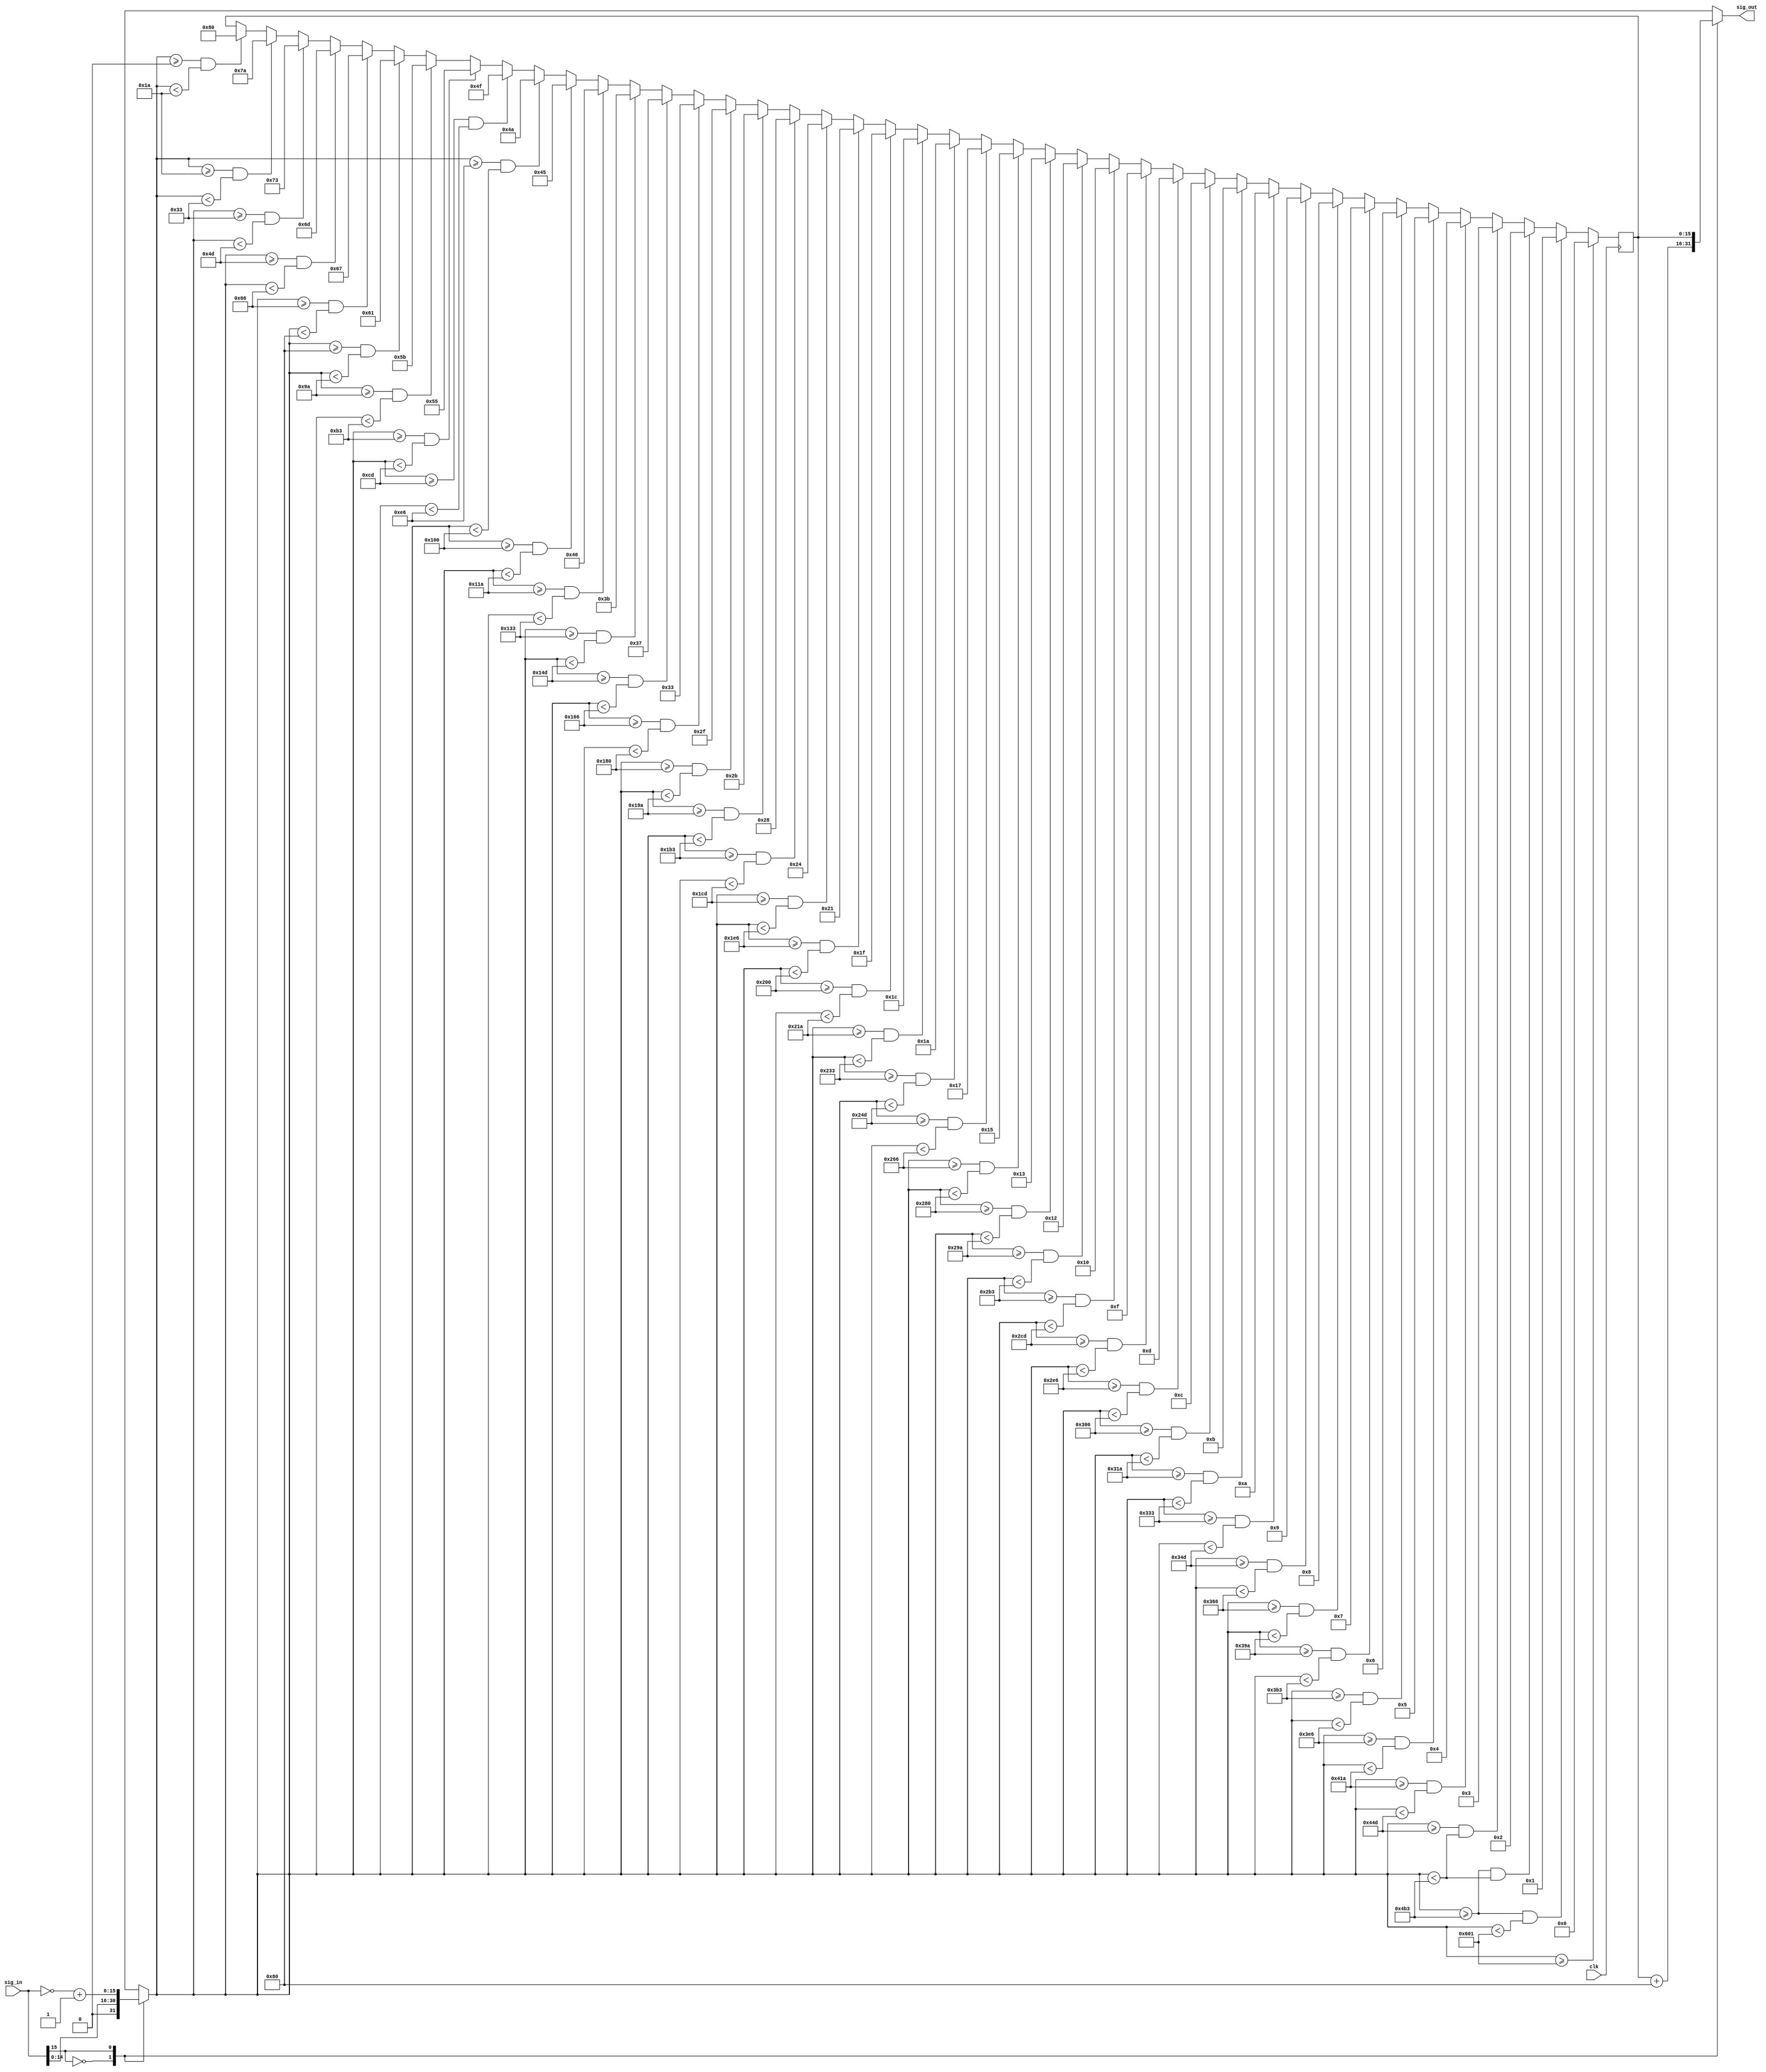
//Currently, async.
//Could be made synchronous if we want
//Names of input and output can be changed

module Sigmoid(clk, /*, reset, */sig_in, sig_out);

input clk;//, reset;
input  [15:0] sig_in;
output [15:0] sig_out;

reg  [15:0] lut_out;
reg  [15:0] lut_in;
reg  [15:0] sig_out;


always @ (sig_in, lut_out)
begin
   case(sig_in[15]) 
   0: begin
       lut_in = sig_in;
      end
   1: begin
       lut_in = ~sig_in + 1;
      end
   endcase

   case(sig_in[15]) 
   0: begin
       sig_out = lut_out + 16'h0080;
      end
   1: begin
       sig_out = lut_out;
      end
   endcase    
end


always @ (posedge clk)
begin                                
   if(lut_in >= 16'b0000000000000000 && lut_in < 16'b0000000000011010) begin lut_out <= 16'b0000000010000000; end //0.0
   if(lut_in >= 16'b0000000000011010 && lut_in < 16'b0000000000110011) begin lut_out <= 16'b0000000001111010; end //0.1
   if(lut_in >= 16'b0000000000110011 && lut_in < 16'b0000000001001101) begin lut_out <= 16'b0000000001110011; end //0.2
   if(lut_in >= 16'b0000000001001101 && lut_in < 16'b0000000001100110) begin lut_out <= 16'b0000000001101101; end //0.3
   if(lut_in >= 16'b0000000001100110 && lut_in < 16'b0000000010000000) begin lut_out <= 16'b0000000001100111; end //0.4
   if(lut_in >= 16'b0000000010000000 && lut_in < 16'b0000000010011010) begin lut_out <= 16'b0000000001100001; end //0.5
   if(lut_in >= 16'b0000000010011010 && lut_in < 16'b0000000010110011) begin lut_out <= 16'b0000000001011011; end //0.6
   if(lut_in >= 16'b0000000010110011 && lut_in < 16'b0000000011001101) begin lut_out <= 16'b0000000001010101; end //0.7
   if(lut_in >= 16'b0000000011001101 && lut_in < 16'b0000000011100110) begin lut_out <= 16'b0000000001001111; end //0.8
   if(lut_in >= 16'b0000000011100110 && lut_in < 16'b0000000100000000) begin lut_out <= 16'b0000000001001010; end //0.9
   if(lut_in >= 16'b0000000100000000 && lut_in < 16'b0000000100011010) begin lut_out <= 16'b0000000001000101; end //1.0
   if(lut_in >= 16'b0000000100011010 && lut_in < 16'b0000000100110011) begin lut_out <= 16'b0000000001000000; end //1.1
   if(lut_in >= 16'b0000000100110011 && lut_in < 16'b0000000101001101) begin lut_out <= 16'b0000000000111011; end //1.2
   if(lut_in >= 16'b0000000101001101 && lut_in < 16'b0000000101100110) begin lut_out <= 16'b0000000000110111; end //1.3
   if(lut_in >= 16'b0000000101100110 && lut_in < 16'b0000000110000000) begin lut_out <= 16'b0000000000110011; end //1.4
   if(lut_in >= 16'b0000000110000000 && lut_in < 16'b0000000110011010) begin lut_out <= 16'b0000000000101111; end //1.5
   if(lut_in >= 16'b0000000110011010 && lut_in < 16'b0000000110110011) begin lut_out <= 16'b0000000000101011; end //1.6
   if(lut_in >= 16'b0000000110110011 && lut_in < 16'b0000000111001101) begin lut_out <= 16'b0000000000101000; end //1.7
   if(lut_in >= 16'b0000000111001101 && lut_in < 16'b0000000111100110) begin lut_out <= 16'b0000000000100100; end //1.8
   if(lut_in >= 16'b0000000111100110 && lut_in < 16'b0000001000000000) begin lut_out <= 16'b0000000000100001; end //1.9
   if(lut_in >= 16'b0000001000000000 && lut_in < 16'b0000001000011010) begin lut_out <= 16'b0000000000011111; end //2.0
   if(lut_in >= 16'b0000001000011010 && lut_in < 16'b0000001000110011) begin lut_out <= 16'b0000000000011100; end //2.1
   if(lut_in >= 16'b0000001000110011 && lut_in < 16'b0000001001001101) begin lut_out <= 16'b0000000000011010; end //2.2
   if(lut_in >= 16'b0000001001001101 && lut_in < 16'b0000001001100110) begin lut_out <= 16'b0000000000010111; end //2.3
   if(lut_in >= 16'b0000001001100110 && lut_in < 16'b0000001010000000) begin lut_out <= 16'b0000000000010101; end //2.4
   if(lut_in >= 16'b0000001010000000 && lut_in < 16'b0000001010011010) begin lut_out <= 16'b0000000000010011; end //2.5
   if(lut_in >= 16'b0000001010011010 && lut_in < 16'b0000001010110011) begin lut_out <= 16'b0000000000010010; end //2.6
   if(lut_in >= 16'b0000001010110011 && lut_in < 16'b0000001011001101) begin lut_out <= 16'b0000000000010000; end //2.7
   if(lut_in >= 16'b0000001011001101 && lut_in < 16'b0000001011100110) begin lut_out <= 16'b0000000000001111; end //2.8
   if(lut_in >= 16'b0000001011100110 && lut_in < 16'b0000001100000000) begin lut_out <= 16'b0000000000001101; end //2.9
   if(lut_in >= 16'b0000001100000000 && lut_in < 16'b0000001100011010) begin lut_out <= 16'b0000000000001100; end //3.0
   if(lut_in >= 16'b0000001100011010 && lut_in < 16'b0000001100110011) begin lut_out <= 16'b0000000000001011; end //3.1
   if(lut_in >= 16'b0000001100110011 && lut_in < 16'b0000001101001101) begin lut_out <= 16'b0000000000001010; end //3.2
   if(lut_in >= 16'b0000001101001101 && lut_in < 16'b0000001101100110) begin lut_out <= 16'b0000000000001001; end //3.3
   if(lut_in >= 16'b0000001101100110 && lut_in < 16'b0000001110011010) begin lut_out <= 16'b0000000000001000; end //3.4
   if(lut_in >= 16'b0000001110011010 && lut_in < 16'b0000001110110011) begin lut_out <= 16'b0000000000000111; end //3.6
   if(lut_in >= 16'b0000001110110011 && lut_in < 16'b0000001111100110) begin lut_out <= 16'b0000000000000110; end //3.7
   if(lut_in >= 16'b0000001111100110 && lut_in < 16'b0000010000011010) begin lut_out <= 16'b0000000000000101; end //3.9
   if(lut_in >= 16'b0000010000011010 && lut_in < 16'b0000010001001101) begin lut_out <= 16'b0000000000000100; end //4.1
   if(lut_in >= 16'b0000010001001101 && lut_in < 16'b0000010010110011) begin lut_out <= 16'b0000000000000011; end //4.3
   if(lut_in >= 16'b0000010010110011 && lut_in < 16'b0000010010110011) begin lut_out <= 16'b0000000000000010; end //4.7
   if(lut_in >= 16'b0000010010110011 && lut_in < 16'b0000011000000001) begin lut_out <= 16'b0000000000000001; end //5.2
   if(lut_in >= 16'b0000011000000001)                             begin lut_out <= 16'b0000000000000000; end //> 6
end

endmodule

/*
   if(x < -6)                   begin y = 16'h0000; end
   else if (x > 6)              begin y = 16'h0100; end
   else begin
      if(x < -5.1)              begin y = 16'h0001; end
      if(x >= -5.1 && x < -4.6) begin y = 16'h0002; end
      if(x >= -4.6 && x < -4.2) begin y = 16'h0003; end
      if(x >= -4.2 && x < -4.0) begin y = 16'h0004; end
      if(x >= -4.0 && x < -3.8) begin y = 16'h0005; end
      if(x >= -3.8 && x < -3.6) begin y = 16'h0006; end
      if(x >= -3.6 && x < -3.5) begin y = 16'h0007; end
      if(x >= -3.5 && x < -3.3) begin y = 16'h0008; end
      if(x >= -3.3 && x < -3.2) begin y = 16'h0009; end
      if(x >= -3.2 && x < -3.1) begin y = 16'h000A; end
      if(x >= -3.1 && x < -3.0) begin y = 16'h000B; end
      if(x >= -3.0 && x < -2.9) begin y = 16'h000C; end
      if(x >= -2.9 && x < -2.8) begin y = 16'h000D; end
      if(x >= -2.8 && x < -2.7) begin y = 16'h000F; end
      if(x >= -2.7 && x < -2.6) begin y = 16'h0010; end
      if(x >= -2.6 && x < -2.5) begin y = 16'h0012; end
      if(x >= -2.5 && x < -2.4) begin y = 16'h0013; end
      if(x >= -2.4 && x < -2.3) begin y = 16'h0015; end
      if(x >= -2.3 && x < -2.2) begin y = 16'h0017; end
      if(x >= -2.2 && x < -2.1) begin y = 16'h001A; end
      if(x >= -2.1 && x < -2.0) begin y = 16'h001C; end
      if(x >= -2.0 && x < -1.9) begin y = 16'h001F; end
      if(x >= -1.9 && x < -1.8) begin y = 16'h0021; end
      if(x >= -1.8 && x < -1.7) begin y = 16'h0024; end
      if(x >= -1.7 && x < -1.6) begin y = 16'h0028; end
      if(x >= -1.6 && x < -1.5) begin y = 16'h002B; end
      if(x >= -1.5 && x < -1.4) begin y = 16'h002F; end
      if(x >= -1.4 && x < -1.3) begin y = 16'h0033; end
      if(x >= -1.3 && x < -1.2) begin y = 16'h0037; end
      if(x >= -1.2 && x < -1.1) begin y = 16'h003B; end
      if(x >= -1.1 && x < -1.0) begin y = 16'h0040; end
      if(x >= -1.0 && x < -0.9) begin y = 16'h0045; end
      if(x >= -0.9 && x < -0.8) begin y = 16'h004A; end
      if(x >= -0.8 && x < -0.7) begin y = 16'h004F; end
      if(x >= -0.7 && x < -0.6) begin y = 16'h0055; end
      if(x >= -0.6 && x < -0.5) begin y = 16'h005B; end
      if(x >= -0.5 && x < -0.4) begin y = 16'h0061; end
      if(x >= -0.4 && x < -0.3) begin y = 16'h0067; end
      if(x >= -0.3 && x < -0.2) begin y = 16'h006D; end
      if(x >= -0.2 && x < -0.1) begin y = 16'h0073; end
      if(x >= -0.1 && x < 0.0)  begin y = 16'h007A; end
      if(x >= 0.0 && x < 0.1)   begin y = 16'h0080; end
      if(x >= 0.1 && x < 0.2)   begin y = 16'h0086; end
      if(x >= 0.2 && x < 0.3)   begin y = 16'h008D; end
      if(x >= 0.3 && x < 0.4)   begin y = 16'h0093; end
      if(x >= 0.4 && x < 0.5)   begin y = 16'h0099; end
      if(x >= 0.5 && x < 0.6)   begin y = 16'h009F; end
      if(x >= 0.6 && x < 0.7)   begin y = 16'h00A5; end
      if(x >= 0.7 && x < 0.8)   begin y = 16'h00AB; end
      if(x >= 0.8 && x < 0.9)   begin y = 16'h00B1; end
      if(x >= 0.9 && x < 1.0)   begin y = 16'h00B6; end
      if(x >= 1.0 && x < 1.1)   begin y = 16'h00BB; end
      if(x >= 1.1 && x < 1.2)   begin y = 16'h00C0; end
      if(x >= 1.2 && x < 1.3)   begin y = 16'h00C5; end
      if(x >= 1.3 && x < 1.4)   begin y = 16'h00C9; end
      if(x >= 1.4 && x < 1.5)   begin y = 16'h00CD; end
      if(x >= 1.5 && x < 1.6)   begin y = 16'h00D1; end
      if(x >= 1.6 && x < 1.7)   begin y = 16'h00D5; end
      if(x >= 1.7 && x < 1.8)   begin y = 16'h00D8; end
      if(x >= 1.8 && x < 1.9)   begin y = 16'h00DC; end
      if(x >= 1.9 && x < 2.0)   begin y = 16'h00DF; end
      if(x >= 2.0 && x < 2.1)   begin y = 16'h00E1; end
      if(x >= 2.1 && x < 2.2)   begin y = 16'h00E4; end
      if(x >= 2.2 && x < 2.3)   begin y = 16'h00E6; end
      if(x >= 2.3 && x < 2.4)   begin y = 16'h00E9; end
      if(x >= 2.4 && x < 2.5)   begin y = 16'h00EB; end
      if(x >= 2.5 && x < 2.6)   begin y = 16'h00ED; end
      if(x >= 2.6 && x < 2.7)   begin y = 16'h00EE; end
      if(x >= 2.7 && x < 2.8)   begin y = 16'h00F0; end
      if(x >= 2.8 && x < 2.9)   begin y = 16'h00F1; end
      if(x >= 2.9 && x < 3.0)   begin y = 16'h00F3; end
      if(x >= 3.0 && x < 3.1)   begin y = 16'h00F4; end
      if(x >= 3.1 && x < 3.2)   begin y = 16'h00F5; end
      if(x >= 3.2 && x < 3.3)   begin y = 16'h00F6; end
      if(x >= 3.3 && x < 3.4)   begin y = 16'h00F7; end
      if(x >= 3.4 && x < 3.6)   begin y = 16'h00F8; end
      if(x >= 3.6 && x < 3.7)   begin y = 16'h00F9; end
      if(x >= 3.7 && x < 3.9)   begin y = 16'h00FA; end
      if(x >= 3.9 && x < 4.1)   begin y = 16'h00FB; end
      if(x >= 4.1 && x < 4.3)   begin y = 16'h00FC; end
      if(x >= 4.3 && x < 4.7)   begin y = 16'h00FD; end
      if(x >= 4.7 && x < 5.2)   begin y = 16'h00FE; end
      if(x >= 5.2)              begin y = 16'h00FF; end
   end
end
*/